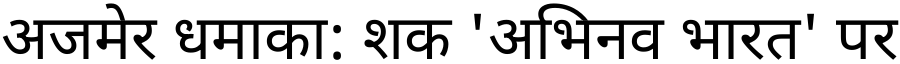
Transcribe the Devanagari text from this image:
अजमेर धमाका: शक 'अभिनव भारत' पर